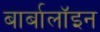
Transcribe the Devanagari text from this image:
बार्बालॉइन